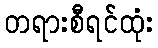
တရားစီရင်ထုံး